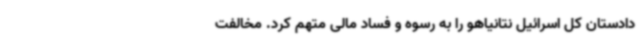
دادستان کل اسرائیل نتانیاهو را به رسوه و فساد مالی متهم کرد. مخالفت